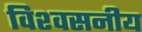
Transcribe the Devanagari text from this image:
विश्‍वसनीय